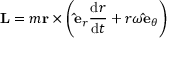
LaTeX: \mathbf { L } = m \mathbf { r } \times \left( \mathbf { \hat { e } } _ { r } { \frac { \mathrm { d } r } { \mathrm { d } t } } + r \omega \mathbf { \hat { e } } _ { \theta } \right)